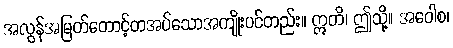
အလွန်အမြတ်တောင့်တအပ်သောအကျိုးပင်တည်း။ ဣတိ၊ ဤသို့။ အဝေါစ၊